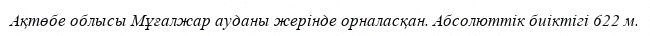
Ақтөбе облысы Мұғалжар ауданы жерінде орналасқан. Абсолюттік биіктігі 622 м.